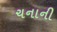
ચનાની